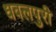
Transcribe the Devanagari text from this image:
धवलपुरी